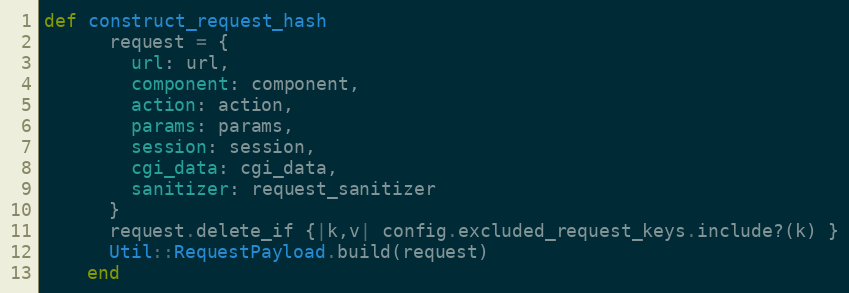
Language: Ruby
def construct_request_hash
      request = {
        url: url,
        component: component,
        action: action,
        params: params,
        session: session,
        cgi_data: cgi_data,
        sanitizer: request_sanitizer
      }
      request.delete_if {|k,v| config.excluded_request_keys.include?(k) }
      Util::RequestPayload.build(request)
    end